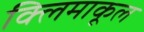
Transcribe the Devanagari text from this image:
क्लिमाकूल